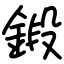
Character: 鍛